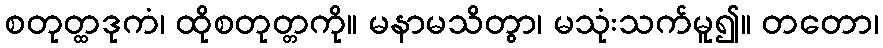
စတုတ္ထဒုကံ၊ ထိုစတုတ္တကို။ မနာမသိတွာ၊ မသုံးသက်မူ၍။ တတော၊